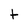
Character: t